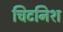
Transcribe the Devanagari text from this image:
चिटनिश